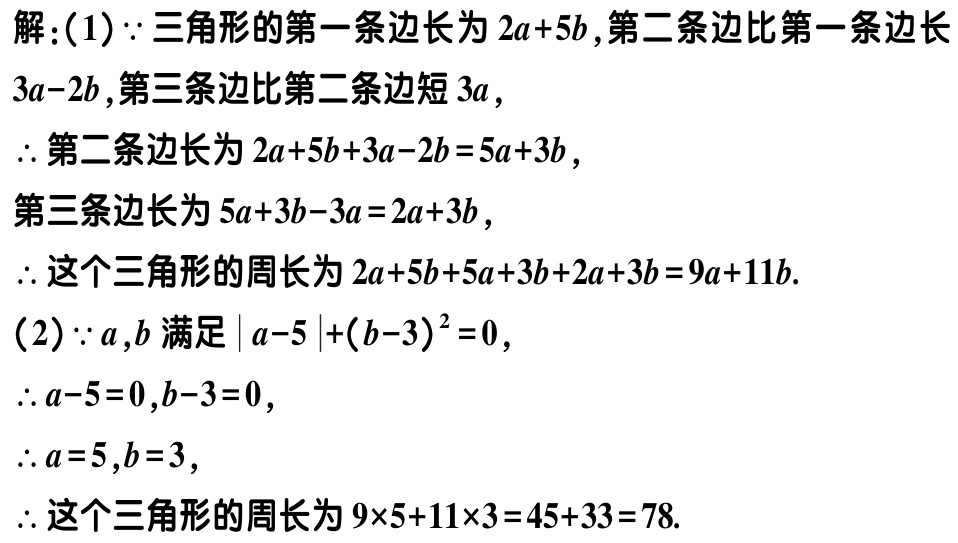
解：(1) \(\because\) 三角形的第一条边长为 \(2a + 5b\)，第二条边比第一条边长 \(3a - 2b\)，第三条边比第二条边短 \(3a\)，

\(\therefore\) 第二条边长为 \(2a + 5b+3a - 2b = 5a + 3b\)，

第三条边长为 \(5a + 3b - 3a = 2a + 3b\)，

\(\therefore\) 这个三角形的周长为 \(2a + 5b+5a + 3b+2a + 3b = 9a + 11b\).

(2) \(\because a,b\) 满足 \(|a - 5|+(b - 3)^2 = 0\)，

\(\therefore a - 5 = 0,b - 3 = 0\)，

\(\therefore a = 5,b = 3\)，

\(\therefore\) 这个三角形的周长为 \(9\times5 + 11\times3 = 45+33 = 78\).